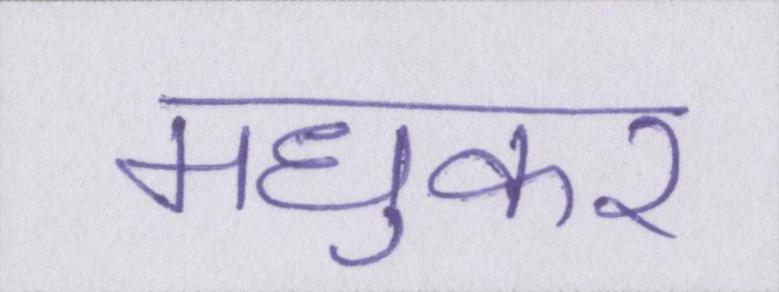
मधुकर